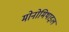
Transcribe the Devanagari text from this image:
मोनोमिथाइल